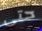
حتى